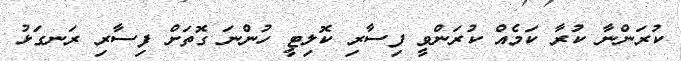
ކުރަންނާ ކުރާ ކަމެއް ކުރަންވީ ފިސާރި ކޮލިޓީ ހުންނަ ގޮތަށް ފިސާރި ރަނގަޅު